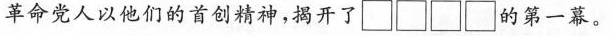
革命党人以他们的首创精神，揭开了 \Box \Box \Box \Box的第一幕。